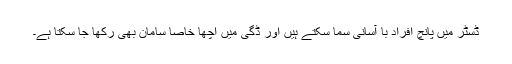
ڈسٹر میں پانچ افراد با آسانی سما سکتے ہیں اور ڈگی میں اچھا خاصا سامان بھی رکھا جا سکتا ہے۔